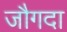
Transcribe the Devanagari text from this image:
जौगदा